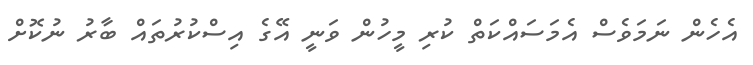
އެހެން ނަމަވެސް އެމަސައްކަތް ކުރި މީހުން ވަނީ އޭގެ އިސްކުރުތައް ބާރު ނުކޮށް